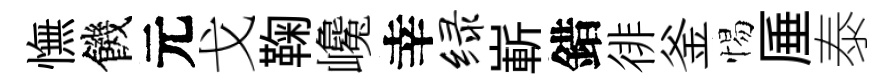
憮饑元戈鞠巉幸绿嶄錯徘釜惕厜泰